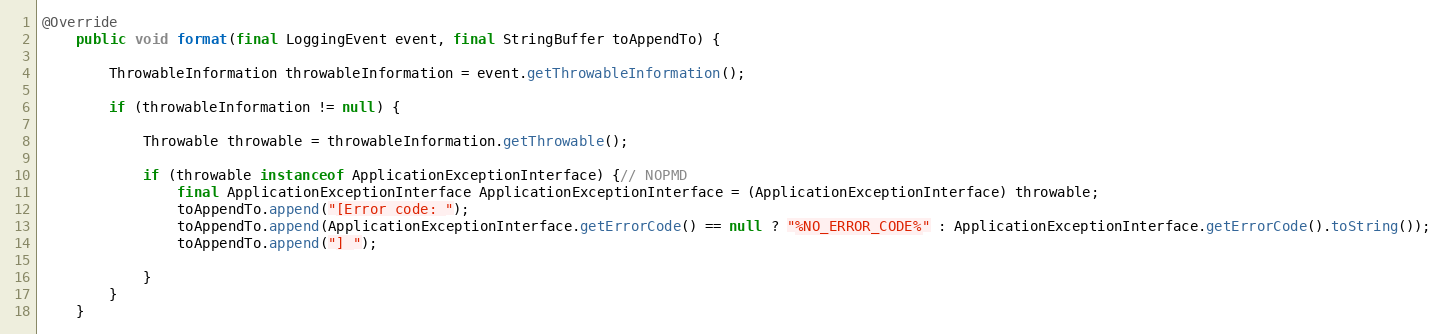
Language: Java
@Override
	public void format(final LoggingEvent event, final StringBuffer toAppendTo) {

		ThrowableInformation throwableInformation = event.getThrowableInformation();

		if (throwableInformation != null) {

			Throwable throwable = throwableInformation.getThrowable();

			if (throwable instanceof ApplicationExceptionInterface) {// NOPMD
				final ApplicationExceptionInterface ApplicationExceptionInterface = (ApplicationExceptionInterface) throwable;
				toAppendTo.append("[Error code: ");
				toAppendTo.append(ApplicationExceptionInterface.getErrorCode() == null ? "%NO_ERROR_CODE%" : ApplicationExceptionInterface.getErrorCode().toString());
				toAppendTo.append("] ");

			}
		}
	}